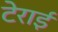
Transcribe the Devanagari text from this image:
टेराई